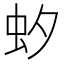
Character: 𧈷